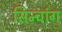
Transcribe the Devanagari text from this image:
सिन्चांग